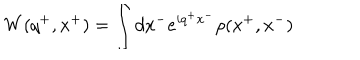
LaTeX: W ( q ^ { + } , x ^ { + } ) = \int d x ^ { - } e ^ { i q ^ { + } x ^ { - } } \rho ( x ^ { + } , x ^ { - } )